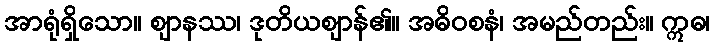
အာရုံရှိသော။ ဈာနဿ၊ ဒုတိယဈာန်၏။ အဓိဝစနံ၊ အမည်တည်း။ ဣဓ၊